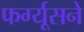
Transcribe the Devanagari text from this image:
फर्ग्यूसने